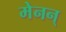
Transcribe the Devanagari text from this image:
मेनन्